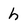
Character: h